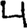
Digit: 4